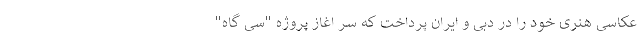
عکاسی هنری خود را در دبی و ایران پرداخت که سر اغاز پروژه "سی گاه"